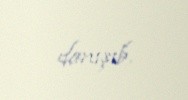
danışıb.